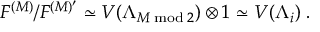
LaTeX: F ^ { ( M ) } / F ^ { ( M ) ^ { \prime } } \simeq V ( \Lambda _ { M \bmod 2 } ) \otimes 1 \simeq V ( \Lambda _ { i } ) \; .